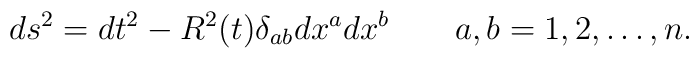
ds^2 = dt^2 - R^2(t) \delta_{ab} dx^a dx^b \quad \quad a,b = 1,2,\dots, n.